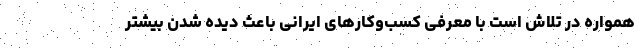
همواره در تلاش است با معرفی کسب‌وکارهای ایرانی باعث دیده شدن بیشتر